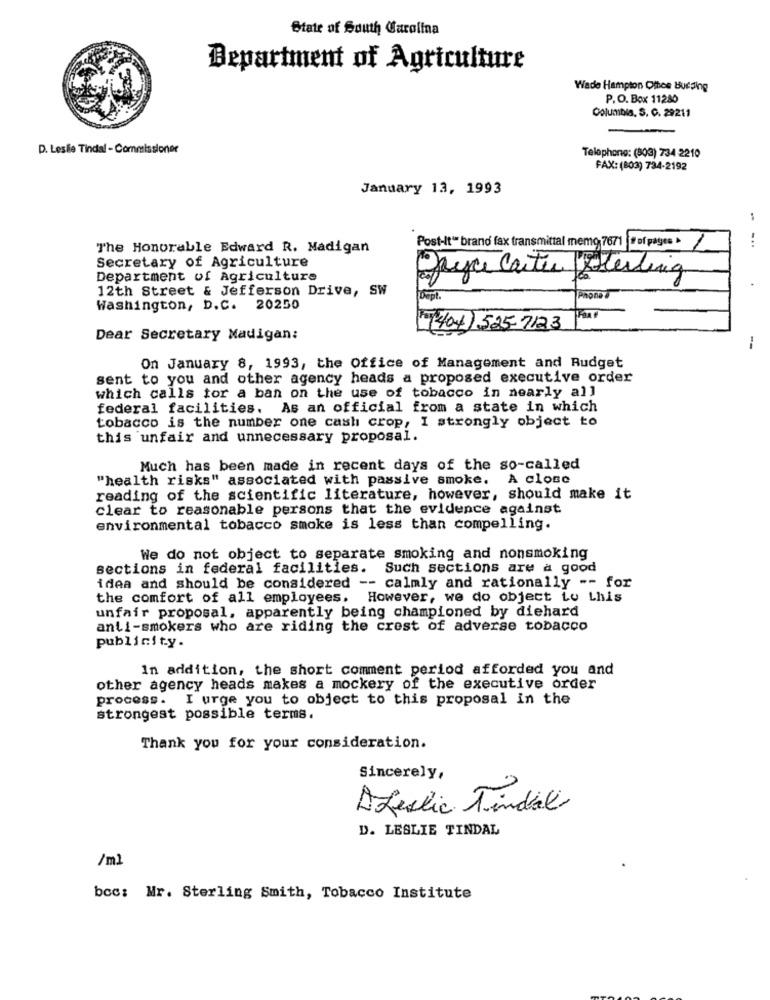
State of South Carolina
Department of Agriculture
Wade Hampton Ofhoe Budding
P.O. Box 11280
Columbia, S. C. 29211
D. Leslie Tindal - Commissioner
Telephone: (303) 734 -2210
FAX: (803) 734-2192
January 13, 1993
..
The Honorable Edward R. Madigan
Post-It" brand fax transmittal memo 7671 |# of pages
Secretary of Agriculture
Department of Agriculture
Jayce Cartes sterling
12th Street & Jefferson Drive, SW
Washington, D.C. 20250
(404 525-7123
Dear Secretary Madigan:
--
On January 8, 1993, the Office of Management and Budget
sent to you and other agency heads a proposed executive order
which calls tor a ban on the use of tobacco in nearly all
federal facilities. As an official from a state in which
tobacco is the number one cash crop, I strongly object to
this unfair and unnecessary proposal.
Much has been made in recent days of the so-called
"health risks" associated with passive smoke. A close
reading of the scientific literature, however, should make it
clear to reasonable persons that the evidence against
environmental tobacco smoke is less than compelling.
We do not object to separate smoking and nonsmoking
sections in federal facilities. Such sections are a good
idea and should be considered -- calmly and rationally -- for
the comfort of all employees. However, we do object Lo Lhis
unfair proposal, apparently being championed by diehard
anti-smokers who are riding the crest of adverse tobacco
publicity.
In addition, the short comment period afforded you and
other agency heads makes a mockery of the executive order
process. I urge you to object to this proposal in the
strongest possible terms.
Thank you for your consideration.
Sincerely,
Afestic Tindal
D. LESLIE TINDAL
/m2
bcc: Mr. Sterling Smith, Tobacco Institute